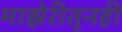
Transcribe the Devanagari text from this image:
माझेरीतूनही